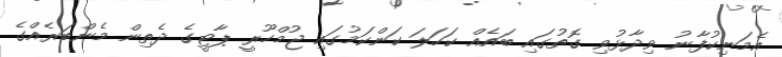
އެމަނިކުފާނު ވިދާޅުވި ގޮތުގައި ބައެއް ކަހަލަ ކަންކަމުގައި ޖުމްހޫރީ ޕާޓީގެ ދެތިން މެންބަރެއްގެ